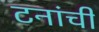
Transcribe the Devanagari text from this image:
टनांची